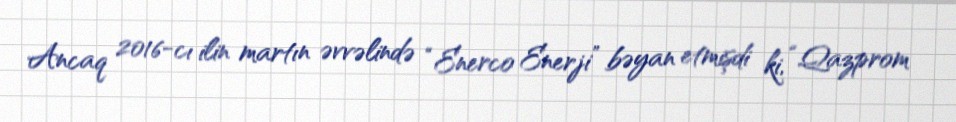
Ancaq 2016-cı ilin martın əvvəlində “Enerco Enerji” bəyan etmişdi ki, “Qazprom